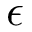
\epsilon